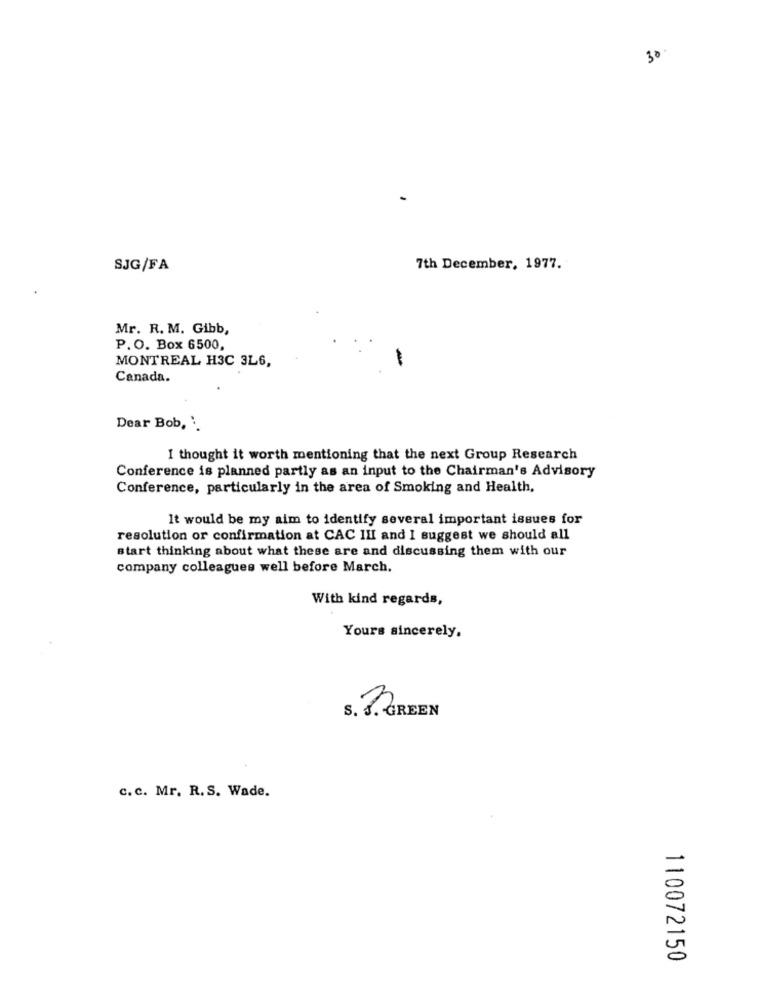
30
SJG/FA
7th December, 1977.
Mr. R. M. Gibb,
P.O. Box 6500,
MONTREAL H3C 3L6,
Canada.
Dear Bob, '.
I thought it worth mentioning that the next Group Research
Conference is planned partly as an input to the Chairman's Advisory
Conference, particularly in the area of Smoking and Health,
It would be my aim to identify several important issues for
resolution or confirmation at CAC III and I suggest we should all
start thinking about what these are and discussing them with our
company colleagues well before March.
With kind regards,
Yours sincerely,
S. B. GREEN
c. c. Mr. R.S. Wade.
110072150